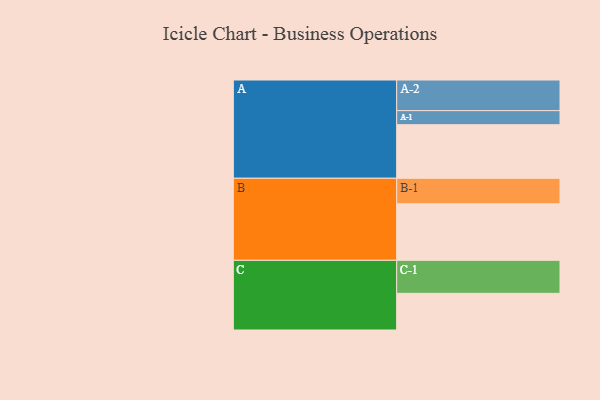
{"axis": {"x": "Segment", "y": "Value"}, "legend": ["", "A", "B", "C"], "data": [{"x": "A", "y": 472, "type": ""}, {"x": "B", "y": 498, "type": ""}, {"x": "C", "y": 323, "type": ""}, {"x": "A-1", "y": 124, "type": "A"}, {"x": "A-2", "y": 270, "type": "A"}, {"x": "B-1", "y": 225, "type": "B"}, {"x": "C-1", "y": 291, "type": "C"}]}